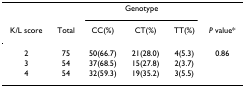
<table><thead><tr><td></td><td></td><td colspan="3"><b>Genotype</b></td><td></td></tr><tr><td><b>K/L score</b></td><td><b>Total</b></td><td><b>CC(%)</b></td><td><b>CT(%)</b></td><td><b>TT(%)</b></td><td><b><i>P </i>value*</b></td></tr></thead><tbody><tr><td>2</td><td>75</td><td>50(66.7)</td><td>21(28.0)</td><td>4(5.3)</td><td>0.86</td></tr><tr><td>3</td><td>54</td><td>37(68.5)</td><td>15(27.8)</td><td>2(3.7)</td><td></td></tr><tr><td>4</td><td>54</td><td>32(59.3)</td><td>19(35.2)</td><td>3(5.5)</td><td></td></tr></tbody></table>